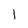
Character: 1